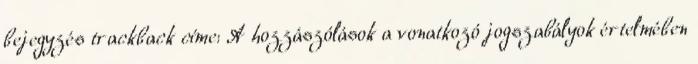
bejegyzés trackback címe: A hozzászólások a vonatkozó jogszabályok értelmében